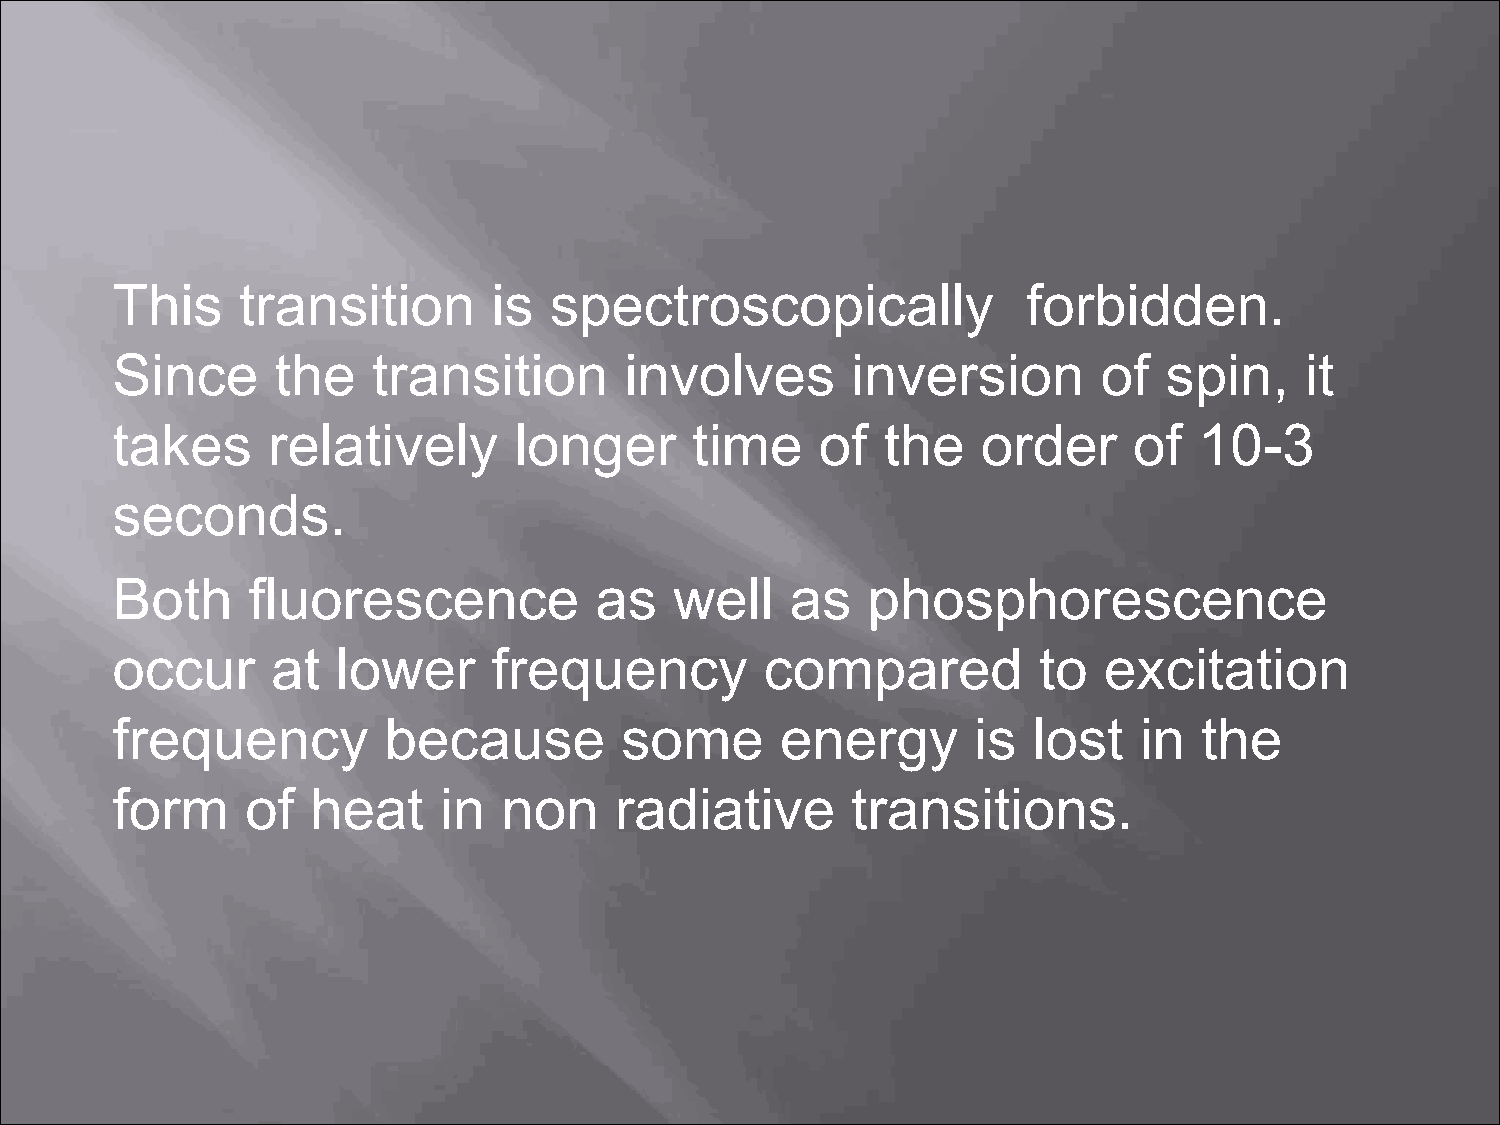
This     transition       is spectroscopically               forbidden.
 Since      the    transition      involves       inversion        of  spin,    it
 takes      relatively      longer      time    of   the   order     of  10-3
 seconds.
 Both     fluorescence           as    well   as   phosphorescence
 occur      at  lower      frequency         compared          to  excitation
 frequency         because         some       energy       is lost   in   the
 form     of   heat    in  non     radiative      transitions.